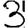
Digit: 3